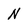
Character: N